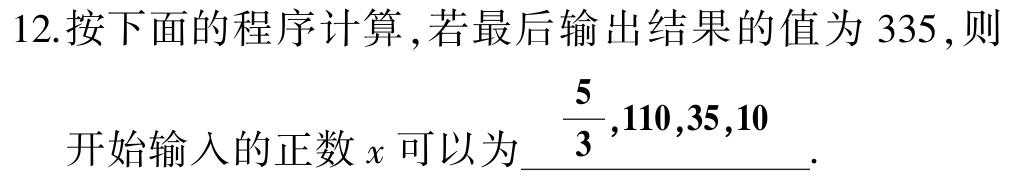
12.按下面的程序计算 ,若最后输出结果的值为 335 ,则

开始输入的正数\(x\)可以为\(\dfrac{5}{3},110,35,10\).